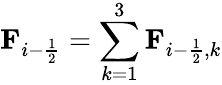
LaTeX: \textbf{F}_{i-\frac{1}{2}}=\sum_{k=1}^{3}\textbf{F}_{i-\frac{1}{2},k}